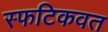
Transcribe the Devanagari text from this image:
स्फटिकवत